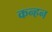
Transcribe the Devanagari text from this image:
कन्हन